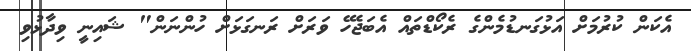
އެކަން ކުރުމަށް އަޅުގަނޑުމެންގެ ރެކޯޑްތައް އެބަޖެހޭ ވަރަށް ރަނގަޅަށް ހުންނަން" ޝައިނީ ވިދާޅުވި